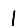
Digit: 1